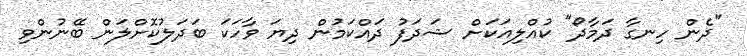
"ދެން ހިނގާ ދަމާދޯ" ކުއްލިއަކަށް ޝަދަފު ދައްކަމުން ދިޔަ ވާހަކަ ބަދަލުކޮށްލަން ބޭނުންވި